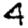
Digit: 4